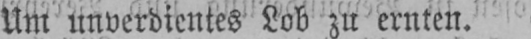
Um unverdientes Lob zu ernten.